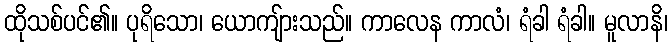
ထိုသစ်ပင်၏။ ပုရိသော၊ ယောကျ်ားသည်။ ကာလေန ကာလံ၊ ရံခါ ရံခါ။ မူလာနိ၊